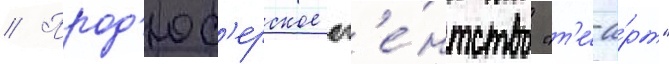
// Прод'юс'ерское аг'е́нтство "т'е́-а́рт"